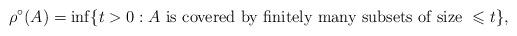
LaTeX: \begin{align*}\rho^{\circ}(A) = \inf\{ t > 0: A \mbox{ is covered by finitely many subsets of size } \leqslant t \}, \end{align*}